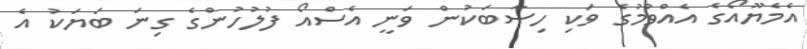
އެމެޔޫއޯގެ އެއްވުމުގެ ވަކި ހިސާބަކުން ވަނީ އެސްއޯ ފުލުހުންގެ ގިނަ ބަޔަކު އެ